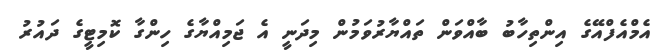
އެމްއެފްއޭގެ އިންތިހާބު ބާއްވަން ތައްޔާރުވަމުން މިދަނީ އެ ޖަމިއްޔާގެ ހިންގާ ކޮމިޓީގެ ދައުރު